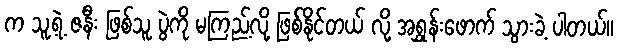
က သူ့ရဲ့ ဇနီး ဖြစ်သူ ပွဲကို မကြည့်လို့ ဖြစ်နိုင်တယ် လို့ အရွှန်းဖောက် သွားခဲ့ ပါတယ်။